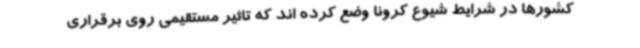
کشورها در شرایط شیوع کرونا وضع کرده اند که تاثیر مستقیمی روی برقراری